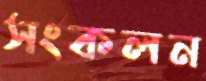
সংকলন